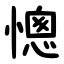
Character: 憁